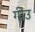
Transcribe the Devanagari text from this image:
गीउ